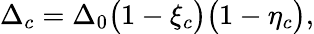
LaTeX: \Delta_{c}=\Delta_{0}\big(1-\xi_{c}\big)\big(1-\eta_{c}\big),